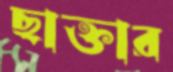
ছাক্তার